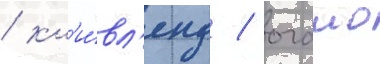
/ кл'и́вл'енд / огаио